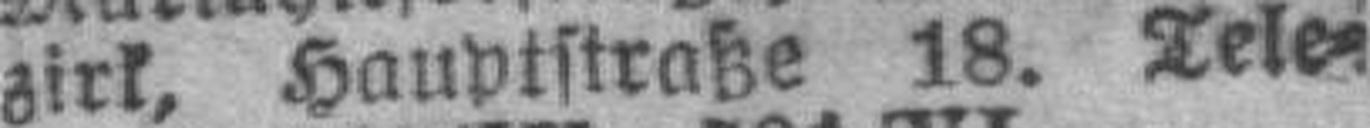
zirk, Hauptstraße 18. Tele)